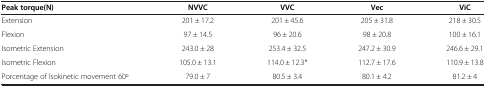
| Peak torque(N) | NVVC | VVC | Vec | ViC |
 | --- | --- | --- | --- | --- |
 | Extension | 201 ± 17.2 | 201 ± 45.6 | 205 ± 31.8 | 218 ± 30.5 |
 | Flexion | 97 ± 14.5 | 96 ± 20.6 | 98 ± 20.8 | 100 ± 16.1 |
 | Isometric Extension | 243.0 ± 28 | 253.4 ± 32.5 | 247.2 ± 30.9 | 246.6 ± 29.1 |
 | Isometric Flexion | 105.0 ± 13.1 | 114.0 ± 12.3* | 112.7 ± 17.6 | 110.9 ± 13.8 |
 | Porcentage of Isokinetic movement 60o | 79.0 ± 7 | 80.5 ± 3.4 | 80.1 ± 4.2 | 81.2 ± 4 |